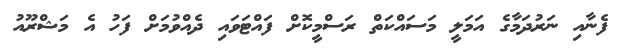
ފެނާއި ނަރުދަމާގެ އަމަލީ މަސައްކަތް ރަސްމީކޮށް ފައްޓަވައި ދެއްވުމަށް ފަހު އެ މަޝްރޫއު